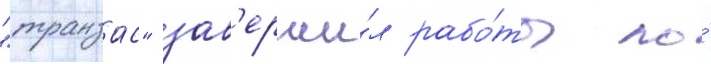
"транзас" зав'ерши́л рабо́ты по́